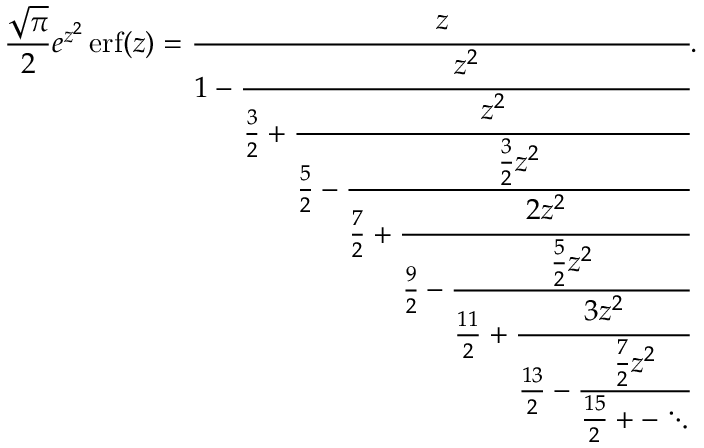
{ \frac { \sqrt { \pi } } { 2 } } e ^ { z ^ { 2 } } \operatorname { e r f } ( z ) = { \cfrac { z } { 1 - { \cfrac { z ^ { 2 } } { { \frac { 3 } { 2 } } + { \cfrac { z ^ { 2 } } { { \frac { 5 } { 2 } } - { \cfrac { { \frac { 3 } { 2 } } z ^ { 2 } } { { \frac { 7 } { 2 } } + { \cfrac { 2 z ^ { 2 } } { { \frac { 9 } { 2 } } - { \cfrac { { \frac { 5 } { 2 } } z ^ { 2 } } { { \frac { 1 1 } { 2 } } + { \cfrac { 3 z ^ { 2 } } { { \frac { 1 3 } { 2 } } - { \cfrac { { \frac { 7 } { 2 } } z ^ { 2 } } { { \frac { 1 5 } { 2 } } + - \ddots } } } } } } } } } } } } } } } } .